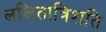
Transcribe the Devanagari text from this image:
ललितात्रिशति